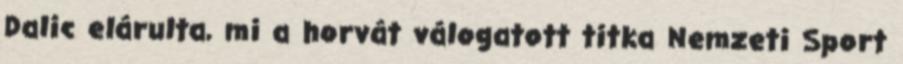
Dalic elárulta, mi a horvát válogatott titka Nemzeti Sport